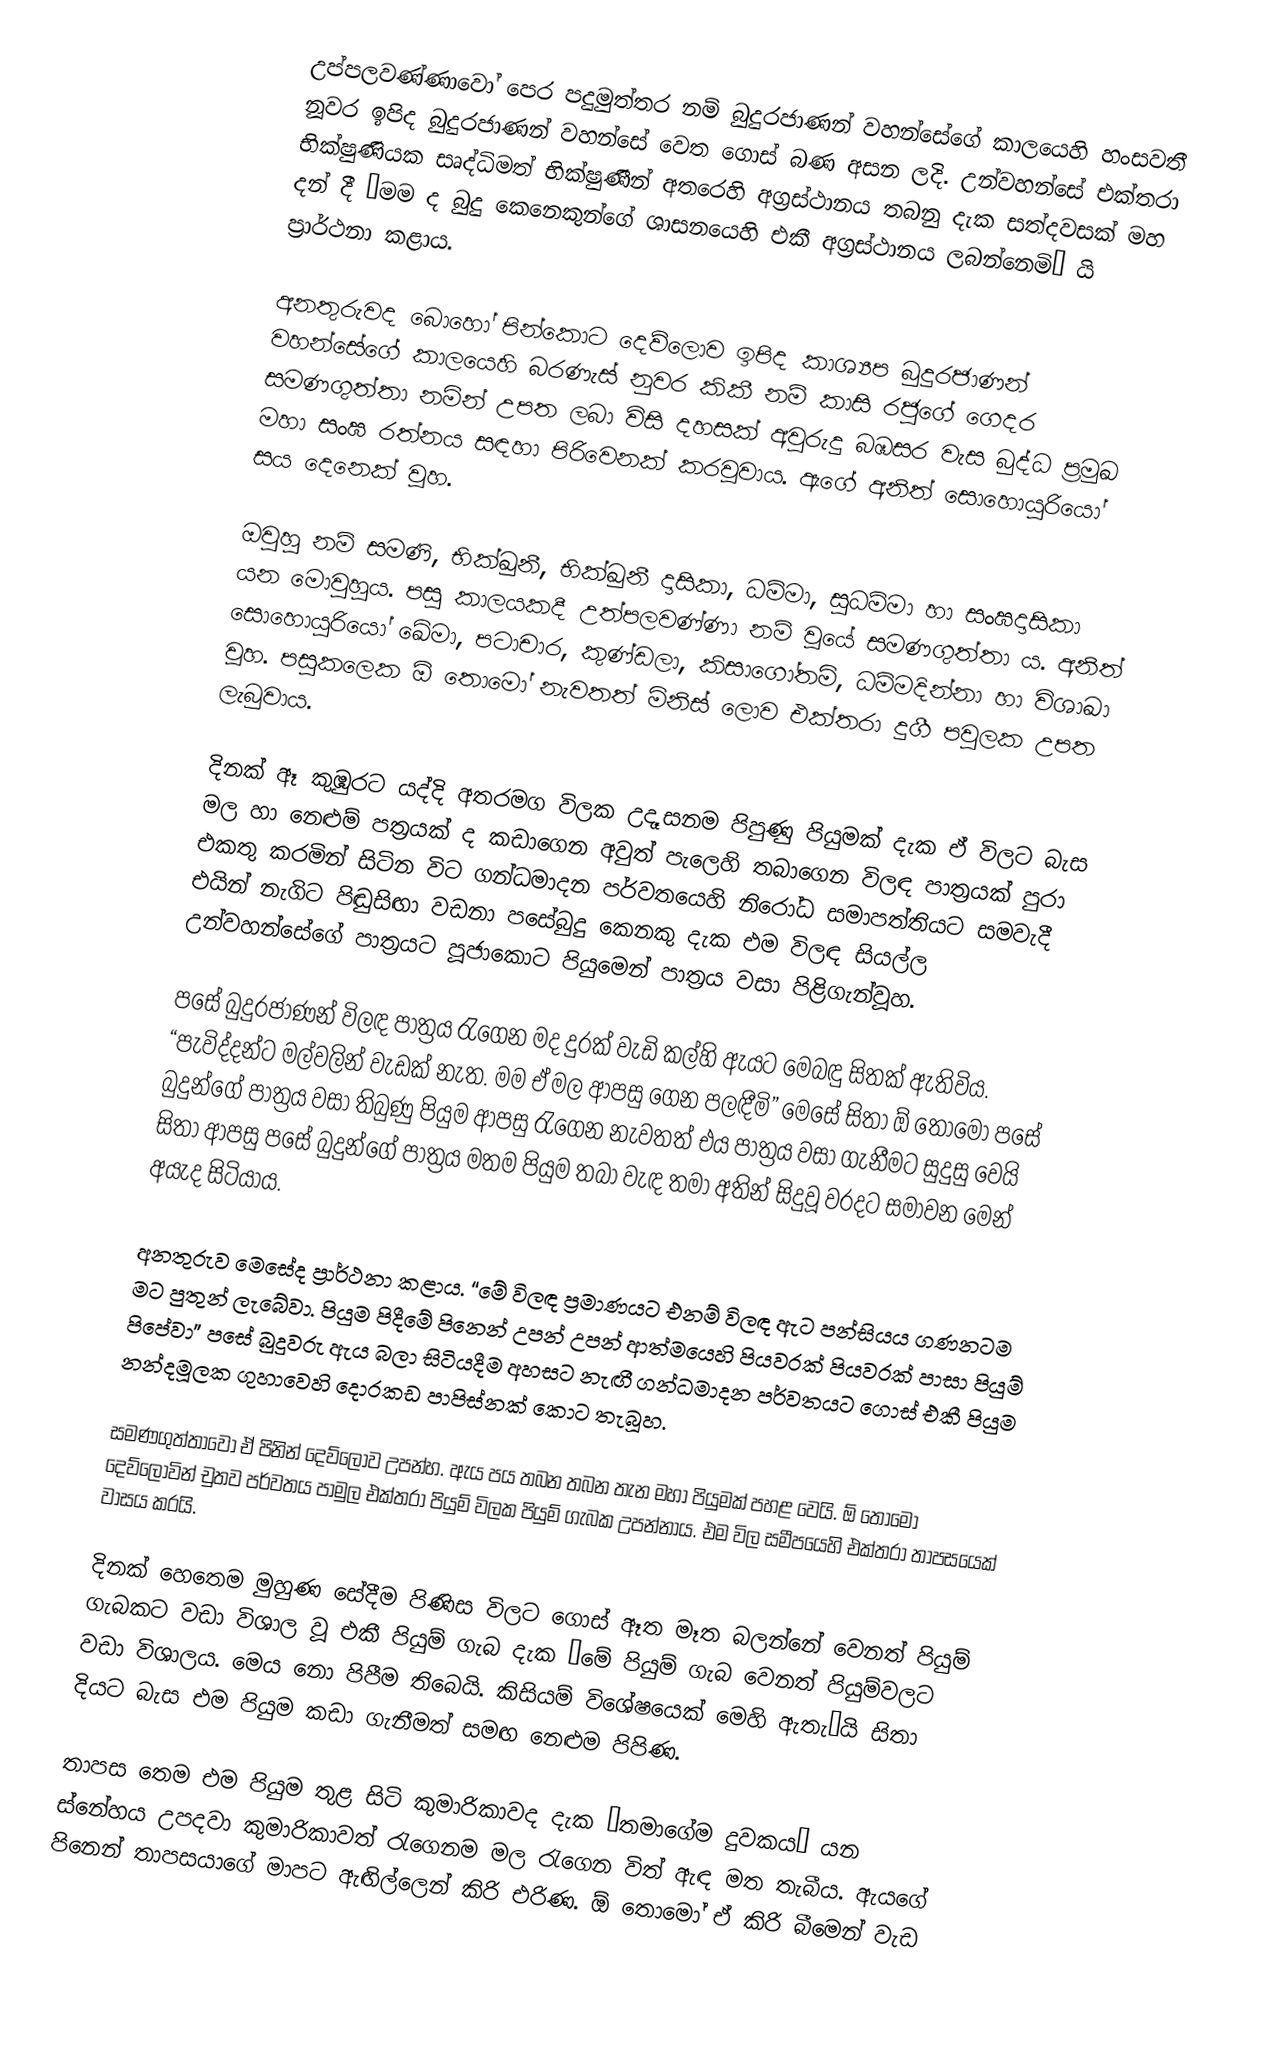
උප්පලවණ්ණාවෝ පෙර පදුමුත්තර නම් බුදුරජාණන් වහන්සේගේ කාලයෙහි හංසවතී නූවර ඉපිද  බුදුරජාණන් වහන්සේ වෙත ගොස් බණ අසන ලදි. උන්වහන්සේ එක්තරා භික්ෂුණියක සෘද්ධිමත් භික්ෂුණීන් අතරෙහි අග්‍රස්ථානය තබනු දැක සත්දවසක් මහ දන් දී ‘මම ද බුදු කෙනෙකුන්ගේ ශාසනයෙහි එකී අග්‍රස්ථානය ලබන්නෙමි’ යි ප්‍රාර්ථනා කළාය.

අනතුරුවද බොහෝ පින්කොට දෙව්ලොව ඉපිද කාශ්‍යප බුදුරජාණන් වහන්සේගේ කාලයෙහි බරණැස් නුවර කිකී නම් කාසි රජුගේ ගෙදර සමණගුත්තා නමින් උපත ලබා විසි දහසක් අවුරුදු බඹසර වැස බුද්ධ ප්‍රමුඛ මහා සංඝ රත්නය සඳහා පිරිවෙනක් කරවූවාය. ඇගේ අනිත් සොහොයුරියෝ සය දෙනෙක් වූහ.

ඔවුහු නම් සමණි, භික්ඛුනී, භික්ඛුනී දාසිකා, ධම්මා, සුධම්මා හා සංඝදාසිකා යන මොවුහුය. පසු කාලයකදී උත්පලවණ්ණා නම් වූයේ සමණගුත්තා ය. අනිත් සොහොයුරියෝ ඛේමා, පටාචාර, කුණ්ඩලා, කිසාගෝතමි, ධම්මදින්නා හා විශාඛා වූහ. පසුකලෙක ඕ තොමෝ නැවතත් මිනිස් ලොව එක්තරා දුගී පවුලක උපත ලැබුවාය.

දිනක් ඈ කුඹුරට යද්දි අතරමග විලක උදෑසනම පිපුණු පියුමක් දැක ඒ විලට බැස මල හා නෙළුම් පත්‍රයක් ද කඩාගෙන අවුත් පැලෙහි තබාගෙන විලඳ පාත්‍රයක් පුරා එකතු කරමින් සිටින විට ගන්ධමාදන පර්වතයෙහි නිරෝධ සමාපත්තියට සමවැදී එයින් නැගිට පිඬුසිඟා වඩනා පසේබුදු කෙනකු දැක එම විලඳ සියල්ල උන්වහන්සේගේ පාත්‍රයට පූජාකොට පියුමෙන් පාත්‍රය වසා පිළිගැන්වූහ.

පසේ බුදුරජාණන් විලඳ පාත්‍රය රැගෙන මද දුරක් වැඩි කල්හි ඇයට මෙබඳු සිතක් ඇතිවිය. “පැවිද්දන්ට මල්වලින් වැඩක් නැත. මම ඒ මල ආපසු ගෙන පලඳීමි” මෙසේ සිතා ඕ තොමෝ පසේ බුදුන්ගේ පාත්‍රය වසා තිබුණු පියුම ආපසු රැගෙන නැවතත් එය පාත්‍රය වසා ගැනීමට සුදුසු වෙයි සිතා ආපසු පසේ බුදුන්ගේ පාත්‍රය මතම පියුම තබා වැඳ තමා අතින් සිදුවූ වරදට සමාවන මෙන් අයැද සිටියාය.

අනතුරුව මෙසේද ප්‍රාර්ථනා කළාය. “මේ විලඳ ප්‍රමාණයට එනම් විලඳ ඇට පන්සියය ගණනටම මට පුතුන් ලැබේවා. පියුම පිදීමේ පිනෙන් උපන් උපන් ආත්මයෙහි පියවරක් පියවරක් පාසා පියුම් පිපේවා” පසේ බුදුවරු ඇය බලා සිටියදීම අහසට නැඟී ගන්ධමාදන පර්වතයට ගොස් එකී පියුම නන්දමූලක ගුහාවෙහි දොරකඩ පාපිස්නක් කොට තැබූහ.

සමණගුත්තාවෝ ඒ පිනින් දෙව්ලොව උපන්හ. ඇය පය තබන තබන තැන මහා පියුමක් පහළ වෙයි. ඕ තොමෝ දෙව්ලොවින් චුතව පර්වතය පාමුල එක්තරා පියුම් විලක පියුම් ගැබක උපන්නාය. එම විල සමීපයෙහි එක්තරා තාපසයෙක් වාසය කරයි.

දිනක් හෙතෙම මුහුණ සේදීම පිණිස විලට ගොස් ඈත මෑත බලන්නේ වෙනත් පියුම් ගැබකට වඩා විශාල වූ එකී පියුම් ගැබ දැක “මේ පියුම් ගැබ වෙනත් පියුම්වලට වඩා විශාලය. මෙය නො පිපීම තිබෙයි. කිසියම් විශේෂයෙක් මෙහි ඇතැ’යි සිතා දියට බැස එම පියුම කඩා ගැනීමත් සමඟ නෙළුම පිපිණ.

තාපස තෙම එම පියුම තුළ සිටි කුමාරිකාවද දැක “තමාගේම දුවකය” යන ස්නේහය උපදවා කුමාරිකාවත් රැගෙනම මල රැගෙන විත් ඇඳ මත තැබීය. ඇයගේ පිනෙන් තාපසයාගේ මාපට ඇඟිල්ලෙන් කිරි එරිණ. ඕ තොමෝ ඒ කිරි බීමෙන් වැඩ